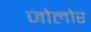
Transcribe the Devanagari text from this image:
जोलोर